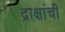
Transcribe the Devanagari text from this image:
द्राक्षांची